Civil Veterinary Dept. Bombay admin report 1907-1913 - 1907-1913
Year: 1907
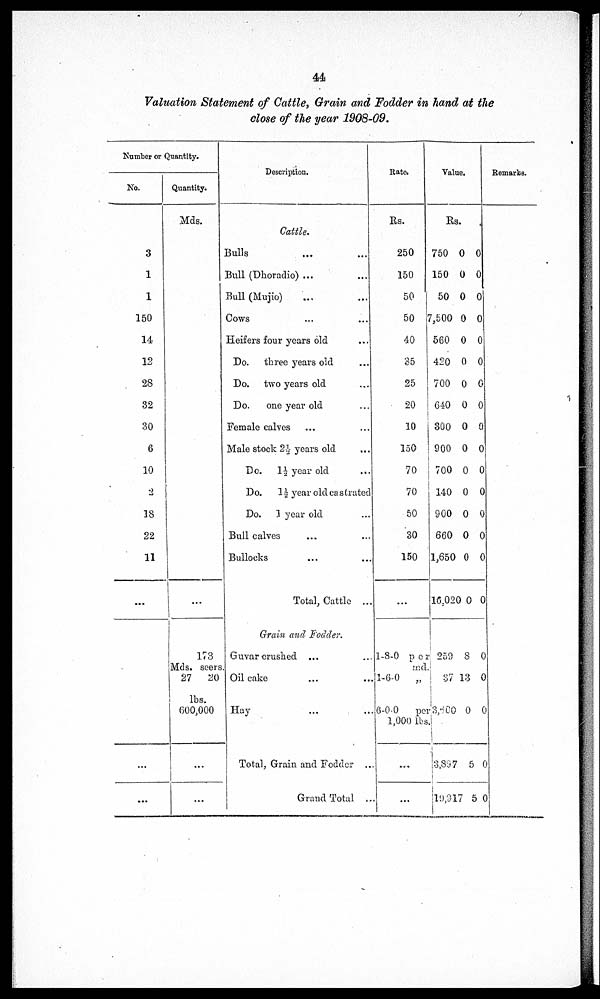
44
Valuation Statement of Cattle, Grain and Fodder in hand at the
close of the year 1908-09.
Number or Quantity.
No.
3
1
1
150
14
12
28
32
30
6
10
2
18
22
11
...
...
...
Quantity.
Mds.
...
173
Mds. seers
27
20
lbs.
600,000
...
...
Description.
Cattle.
Bulls ... ...
Bull (Dhoradio) ... ...
Bull (Mujio) ... ...
Cows ... ...
Heifers four years old ...
Do. three years old ...
Do. two years old ...
Do.
one year old ...
Female calves ... ...
Male stock 2½ years old ...
Do. 1½ year old ...
Do. 1½ year old castrated
Do. 1 year old ...
Bull calves ... ...
Bullocks ... ...
Total, Cattle ...
Grain and Fodder.
Guvar crushed ... ...
Oil cake ... ...
Hay ... ...
Total, Grain and Fodder ...
Grand Total ...
Rate.
Rs.
250
150
50
50
40
35
25
20
10
150
70
70
50
30
150
...
1-8-0
per
and.
1-6-0
„
6-0-0
per
1,000 lbs
...
...
Value.
Rs.
750
150
50
7,500
560
420
700
640
300
900
700
140
900
660
1,650
16,02
259
37
3,500
3,897
19,917
0
0
0
0
0
0
0
0
0
0
0
0
0
0
0
0 0
8
13
0
5
5
0
0
0
0
0
0
0
0
0
0
0
0
0
0
0
0
0
0
0
0
0
Remarks.